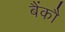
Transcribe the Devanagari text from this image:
बैंकौ